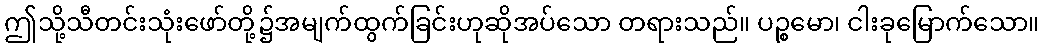
ဤသို့သီတင်းသုံးဖော်တို့၌အမျက်ထွက်ခြင်းဟုဆိုအပ်သော တရားသည်။ ပဉ္စမော၊ ငါးခုမြောက်သော။